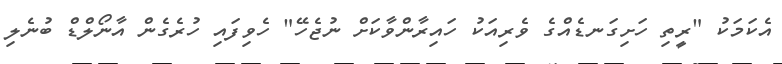
އެކަމަކު "ރީތި ހަށިގަނޑެއްގެ ވެރިއަކު ހައިރާންވާކަށް ނުޖެހޭ" ހެވިފައި ހުރެގެން އާނޯލްޑް ބުނެލި